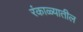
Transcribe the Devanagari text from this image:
रंकाळ्यातील